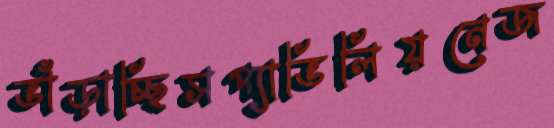
ভাঁড়াচ্ছিসপ্যাভিলিয়নেজ